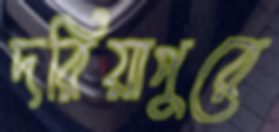
দরিয়াপুরে